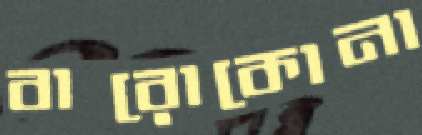
বারোকোনা